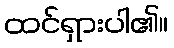
ထင်ရှားပါ၏။